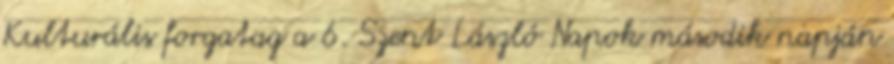
Kulturális forgatag a 6. Szent László Napok második napján